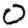
Digit: 0